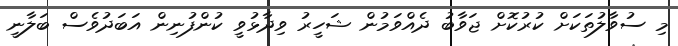
މި ސުވާލުތަކަށް ކުރުކޮށް ޖަވާބު ދެއްވަމުން ޝަހީރު ވިދާޅުވީ ކުންފުނިން އަބަދުވެސް ބަލާނީ